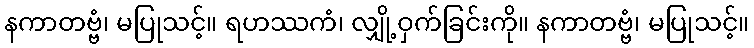
နကာတဗ္ဗံ၊ မပြုသင့်။ ရဟဿကံ၊ လျှို့ဝှက်ခြင်းကို။ နကာတဗ္ဗံ၊ မပြုသင့်။